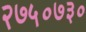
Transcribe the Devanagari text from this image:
२७५०७३०